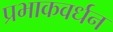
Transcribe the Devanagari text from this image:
प्रभाकवर्धन